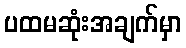
ပထမဆုံးအချက်မှာ